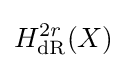
H_{\text{dR}}^{2r}(X)